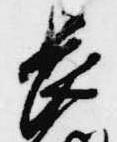
長